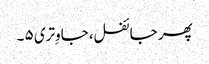
پھر جائفل، جاوِتری ۵ ۔